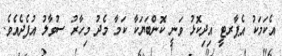
އެކަމަކު އެޕާރޓީ އިދިކޮޅު ވަނީ ކޮންބަޔަކާ ކަމާ މެދު މިހާރު ސުވާލު އުފެދެއެވެ.